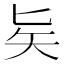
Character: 𠤕